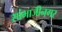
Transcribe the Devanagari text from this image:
सांभाजीनगर